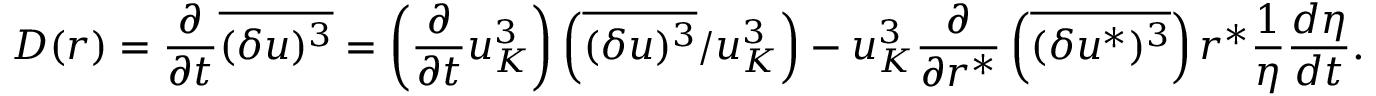
{ \cal D } ( r ) = \frac { \partial } { \partial t } \overline { { ( \delta u ) ^ { 3 } } } = \left( \frac { \partial } { \partial t } u _ { K } ^ { 3 } \right) \left( \overline { { ( \delta u ) ^ { 3 } } } / u _ { K } ^ { 3 } \right) - u _ { K } ^ { 3 } \frac { \partial } { \partial r ^ { * } } \left( \overline { { ( \delta u ^ { * } ) ^ { 3 } } } \right) r ^ { * } \frac { 1 } { \eta } \frac { d \eta } { d t } .